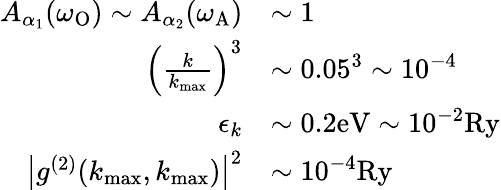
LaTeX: \begin{array}{rl}{A_{\alpha_{1}}(\omega_{\mathrm{O}})\sim A_{\alpha_{2}}(\omega_{\mathrm{A}})}&{\sim 1}\\ {\left(\frac{k}{k_{\operatorname*{max}}}\right)^{3}}&{\sim 0.05^{3}\sim 10^{-4}}\\ {\epsilon_{k}}&{\sim\mathrm{0.2eV}\sim 10^{-2}\mathrm{Ry}}\\ {\big|g^{(2)}(k_{\operatorname*{max}},k_{\operatorname*{max}})\big|^{2}}&{\sim 10^{-4}\mathrm{Ry}}\end{array}